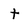
Character: t